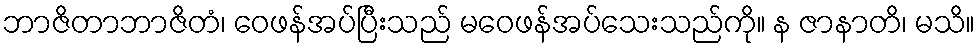
ဘာဇိတာဘာဇိတံ၊ ဝေဖန်အပ်ပြီးသည် မဝေဖန်အပ်သေးသည်ကို။ န ဇာနာတိ၊ မသိ။